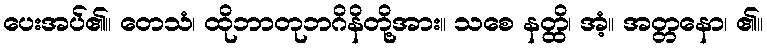
ပေးအပ်၏။ တေသံ၊ ထိုဘာတုဘဂိနိတို့အား။ သစေ နတ္ထိ၊ အံ့။ အတ္တနော၊ ၏။